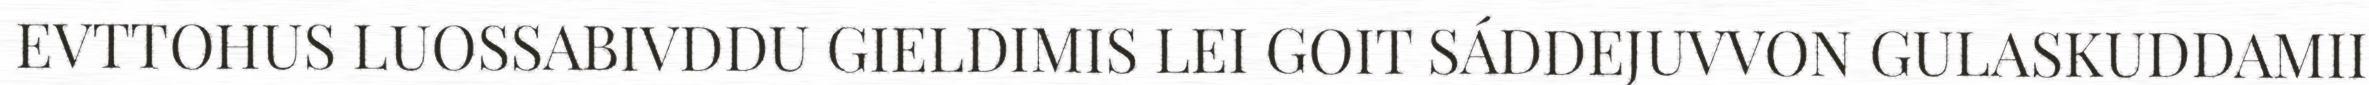
EVTTOHUS LUOSSABIVDDU GIELDIMIS LEI GOIT SÁDDEJUVVON GULASKUDDAMII